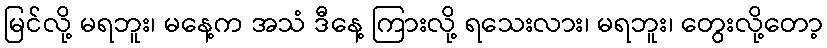
မြင်လို့ မရဘူး၊ မနေ့က အသံ ဒီနေ့ ကြားလို့ ရသေးလား၊ မရဘူး၊ တွေးလို့တော့